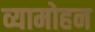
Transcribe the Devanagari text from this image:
व्यामोहन